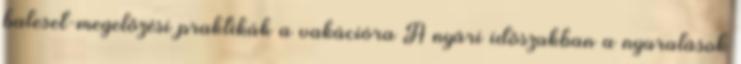
baleset-megelőzési praktikák a vakációra A nyári időszakban a nyaralások